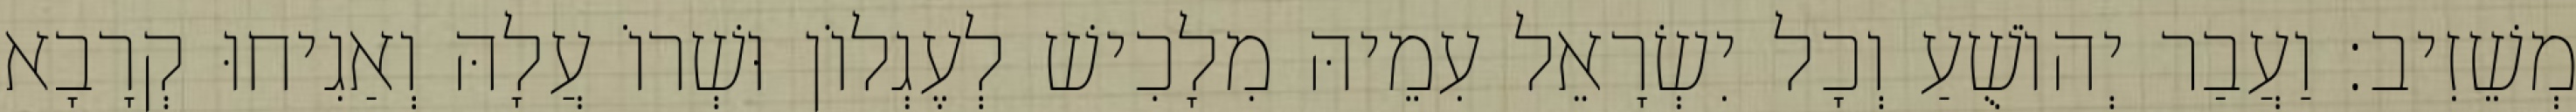
מְשֵׁזִיב׃ וַעֲבַר יְהוֹשֻׁעַ וְכָל יִשְׂרָאֵל עִמֵיהּ מִלָכִישׁ לְעֶגְלוֹן וּשְׁרוֹ עֲלָהּ וְאַגִיחוּ קְרָבָא